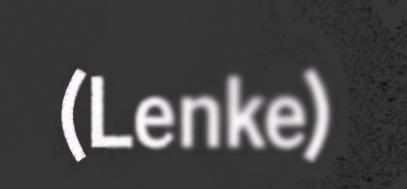
(Lenke)